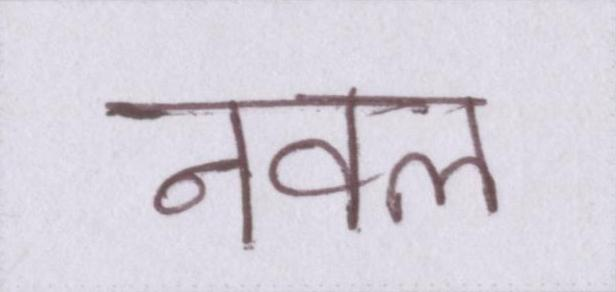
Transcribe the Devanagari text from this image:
नवल